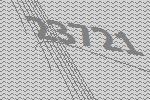
23721